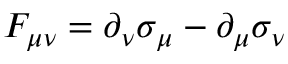
F _ { \mu \nu } = \partial _ { \nu } \sigma _ { \mu } - \partial _ { \mu } \sigma _ { \nu }